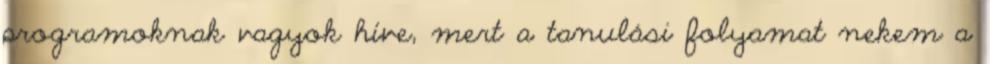
programoknak vagyok híve, mert a tanulási folyamat nekem a